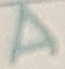
Text: A